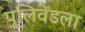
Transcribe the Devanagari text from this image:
पूलिवेंडला